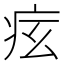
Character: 𤵋